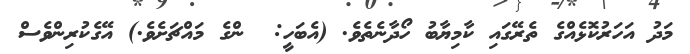
މަދު އަހަރުކޮޅެއްގެ ތެރޭގައި ކާމިޔާބު ހޯދާނެތެވެ. (އެބަހީ:  ންގެ މައްޗަށެވެ.) އޭގެކުރިންވެސް